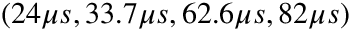
( 2 4 \mu s , 3 3 . 7 \mu s , 6 2 . 6 \mu s , 8 2 \mu s )